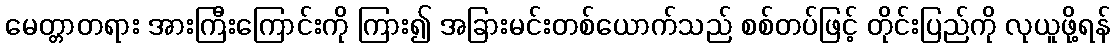
မေတ္တာတရား အားကြီးကြောင်းကို ကြား၍ အခြားမင်းတစ်ယောက်သည် စစ်တပ်ဖြင့် တိုင်းပြည်ကို လုယူဖို့ရန်